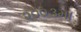
૨૦૦૩મા